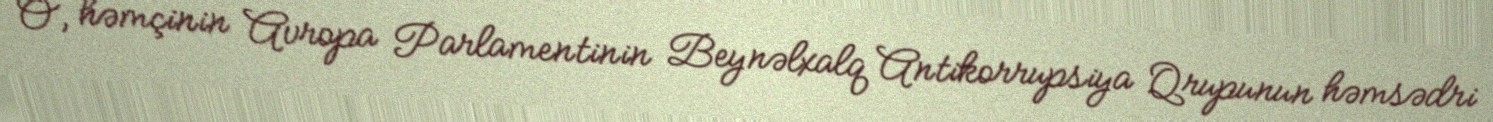
O, həmçinin Avropa Parlamentinin Beynəlxalq Antikorrupsiya Qrupunun həmsədri